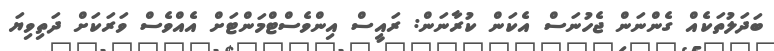
ބަދަލުތަކެއް ގެންނަން ޖެހުނަސް އެކަން ކުރާނަން: ރައީސް އިންވެސްޓްމަންޓަށް އެއްވެސް ވަރަކަށް ދަތިވިޔަ